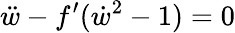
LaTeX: \ddot{w}-f^{\prime}(\dot{w}^{2}-1)=0